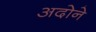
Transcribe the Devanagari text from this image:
अदोने